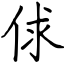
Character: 俅